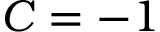
C = - 1